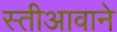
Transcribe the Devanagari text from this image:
स्तीआवाने